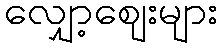
လျှော့ဈေးများ